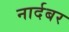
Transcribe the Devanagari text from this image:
नार्दबर